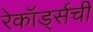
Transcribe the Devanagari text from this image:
रेकॉर्ड्सची